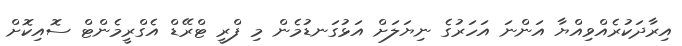
އިރާދަކުރެއްވިއްޔާ އަންނަ އަހަރުގެ ނިޔަލަށް އަޅުގަނޑުމެން މި ފްރީ ޓްރޭޑް އެގްރީމެންޓް ސޮއިކޮށް